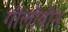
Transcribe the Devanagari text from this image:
गोलोवीन